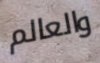
والعالم